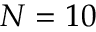
N = 1 0